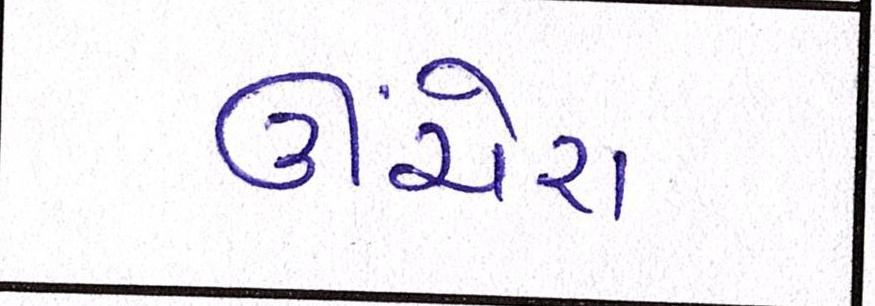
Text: ઊંચેરા